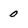
Character: 0